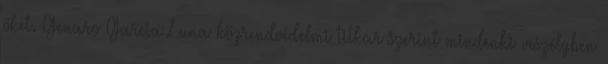
őket. Genaro Garcia Luna közrendvédelmi titkár szerint mindenki veszélyben